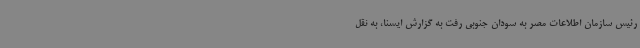
رئیس سازمان اطلاعات مصر به سودان جنوبی رفت به گزارش ایسنا، به نقل